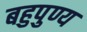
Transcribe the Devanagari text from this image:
बहुपुण्य